system: You are a helpful assistant.
user:
Analyze the provided spectrum to determine if it is a **Carbon Star (C-type)**.

- **Key Visual Indicators of Carbon Star:**
    - **(Primary):** Strong molecular absorption from **C₂ (diatomic carbon) "Swan Bands."** This is the **defining feature** of a carbon star.
        - **(Key Bandheads):** Sharp absorption edges are visible at approximately $5635$ Å, $5165$ Å (the strongest band), and $4737$ Å.
        - **(Line Profile):** Creates a distinct **"saw-tooth"** pattern. The key morphology is a sharp, steep bandhead on the **red (long-wavelength) side**, which then gradually tapers off (i.e., flux recovers) towards the **blue (short-wavelength) side**. *(This is the direct opposite of the TiO bands seen in M-type stars)*.

    - **(Secondary):** Intense **CN (cyanogen)** molecular absorption bands.
        - **(Key Bandheads):** Located in the blue and violet regions of the spectrum (e.g., near $4215$ Å and $3883$ Å).
        - **(Morphology):** These bands are extremely broad and act as a "blanket," absorbing the vast majority of blue and violet light. This creates a characteristic **"cliff"** or **"steep drop-off"** in the spectrum's flux at short wavelengths.

    - **(Key Confirmation):** Strong **CH absorption band (G-band)**.
        - **(Key Bandhead):** Located around $4300$ Å. The contribution from CH molecules to this band is exceptionally strong.

    - **(Overall Spectrum):**
        - The continuum is severely "chopped up" by these deep molecular bands, especially C₂, rather than appearing as a smooth curve.
        - Due to the heavy CN and C₂ absorption in the blue-green, the vast majority of the star's flux is concentrated in the red part of the spectrum, giving the star its characteristic deep red color.

Think first, call **spectral_visualization_tool** if needed to examine features in detail, then provide your final answer. Your response must adhere to the following strict rules:
1.  **Overall Structure:** Your response must follow the format `<think>...</think> <tool_call>...</tool_call> (if a tool is used) <answer>...</answer>`.
2.  **Tool Usage Constraint:** You may only make **one** tool call per turn.
3.  **Final Answer Format:** In the `<answer>` tag, your conclusion must be inside a `\boxed{}` command (e.g., `\boxed{YES}`), followed by your justification.

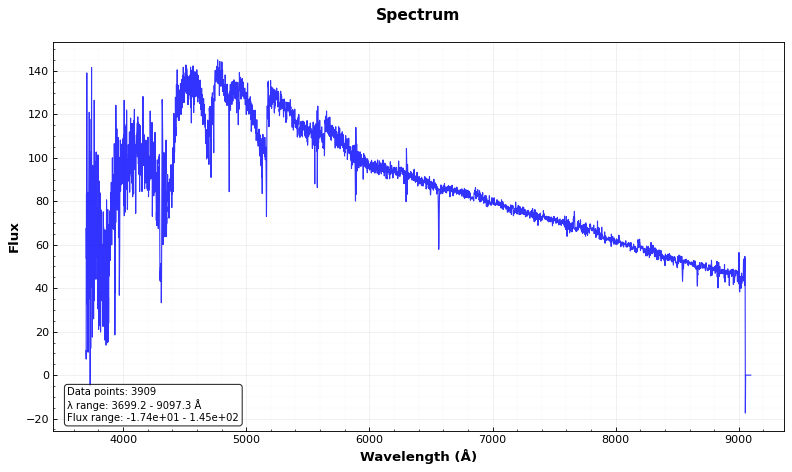
Answer: YES